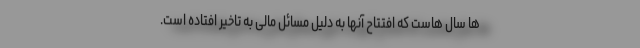
ها سال هاست که افتتاح آنها به دلیل مسائل مالی به تاخیر افتاده است.